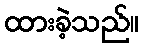
ထားခဲ့သည်။